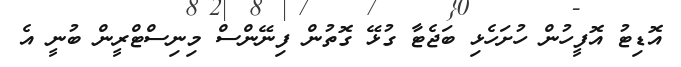
އޮޑިޓު އޮފީހުން ހުށަހެޅި ބަޖެޓާ ގުޅޭ ގޮތުން ފިނޭންސް މިނިސްޓްރީން ބުނީ އެ